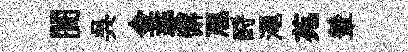
闠呉金萎懈豗酹澠苑輦